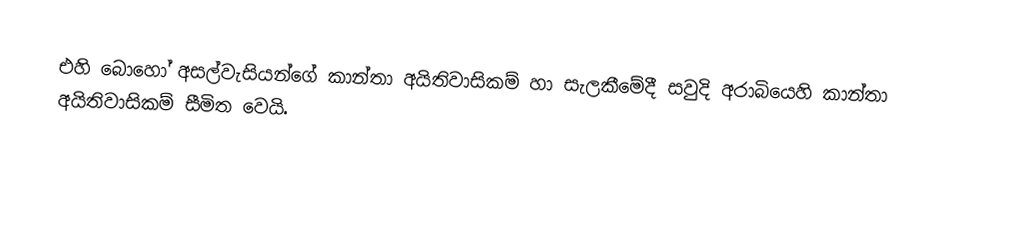
එහි බොහෝ අසල්වැසියන්ගේ කාන්තා අයිතිවාසිකම් හා සැලකීමේදී සවුදි අරාබියෙහි කාන්තා අයිතිවාසිකම් සීමිත වෙයි.